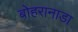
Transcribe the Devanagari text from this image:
बोहरानाडा